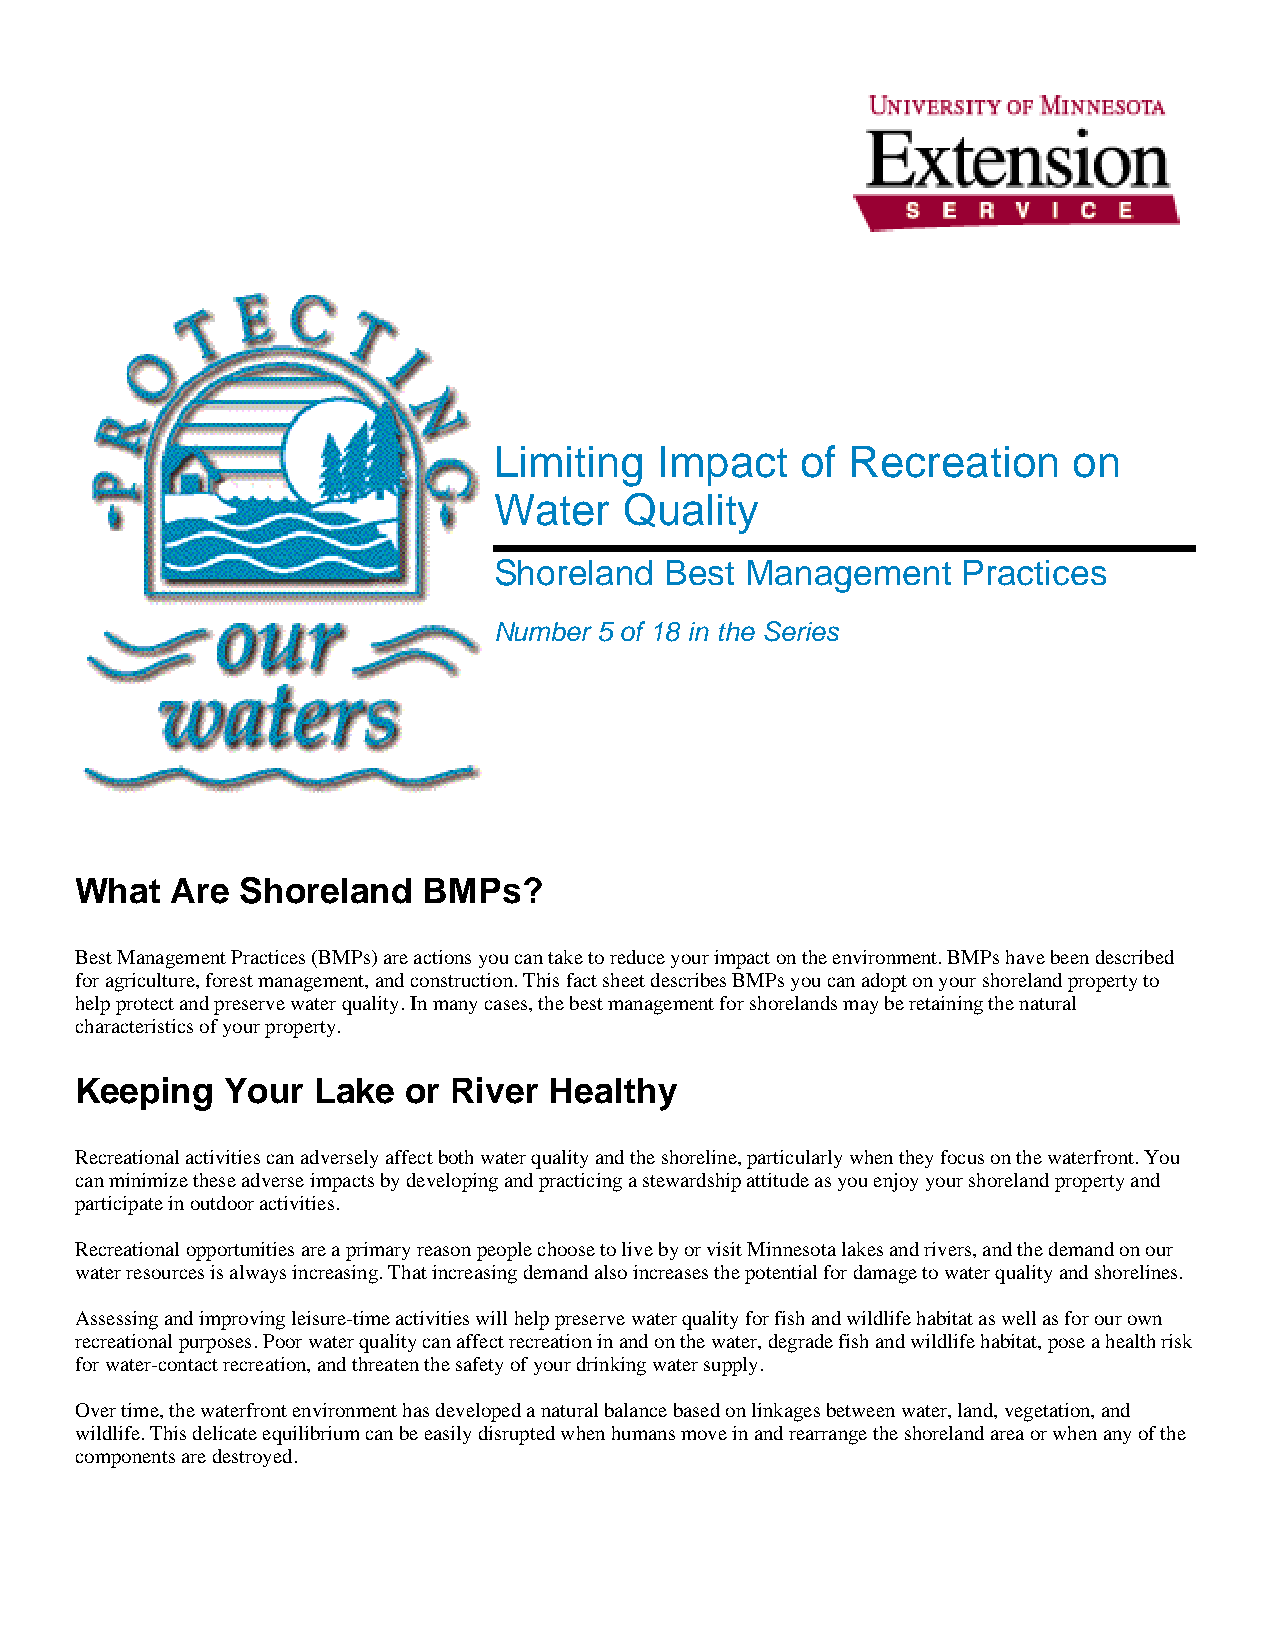
Limiting  Impact    of Recreation     on
 Water   Quality
 Shoreland  Best Management     Practices
 Number 5 of 18 in the Series
 What  Are  Shoreland   BMPs?
 Best Management Practices (BMPs) are actions you can take to reduce your impact on the environment. BMPs have been described
 for agriculture, forest management, and construction. This fact sheet describes BMPs you can adopt on your shoreland property to
 help protect and preserve water quality. In many cases, the best management for shorelands may be retaining the natural
 characteristics of your property.
 Keeping   Your  Lake  or River Healthy
 Recreational activities can adversely affect both water quality and the shoreline, particularly when they focus on the waterfront. You
 can minimize these adverse impacts by developing and practicing a stewardship attitude as you enjoy your shoreland property and
 participate in outdoor activities.
 Recreational opportunities are a primary reason people choose to live by or visit Minnesota lakes and rivers, and the demand on our
 water resources is always increasing. That increasing demand also increases the potential for damage to water quality and shorelines.
 Assessing and improving leisure-time activities will help preserve water quality for fish and wildlife habitat as well as for our own
 recreational purposes. Poor water quality can affect recreation in and on the water, degrade fish and wildlife habitat, pose a health risk
 for water-contact recreation, and threaten the safety of your drinking water supply.
 Over time, the waterfront environment has developed a natural balance based on linkages between water, land, vegetation, and
 wildlife. This delicate equilibrium can be easily disrupted when humans move in and rearrange the shoreland area or when any of the
 components are destroyed.